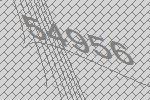
54956